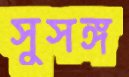
সুসঙ্গ